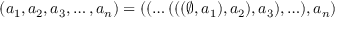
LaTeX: ( a _ { 1 } , a _ { 2 } , a _ { 3 } , \ldots , a _ { n } ) = ( ( \ldots ( ( ( \emptyset , a _ { 1 } ) , a _ { 2 } ) , a _ { 3 } ) , \ldots ) , a _ { n } )